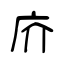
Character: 庎